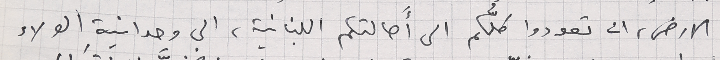
الارض، ان تعودوا كلُّكم الى أصالتكم اللبنانية، الى وحدانيةِ الولاء